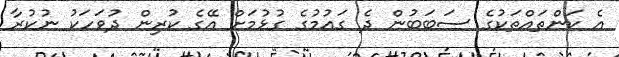
އެ ކަންތައްތަކުގެ ސަބަބުން ދެ ގައުމުގެ ގުޅުމަށް އޭގެ ކުރިން ދުވަހަކު ނުކުރާ